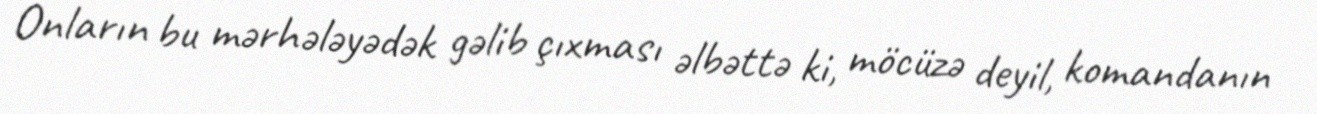
Onların bu mərhələyədək gəlib çıxması əlbəttə ki, möcüzə deyil, komandanın